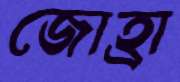
জোহ্রা